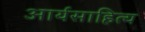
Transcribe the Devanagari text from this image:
आर्यसाहित्य